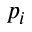
p _ { i }